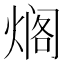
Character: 𰟄